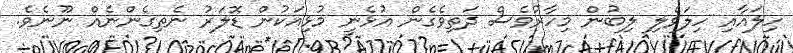
ހިލައާއި ހިލަވެލި ލިބުން މިހާރުވެސް ދަތިވެގެން އުޅެނީ މުޅިއަކުން ޑޮލަރު ނެތިގެންނެއް ނޫނެވެ.